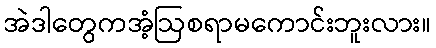
အဲဒါတွေကအံ့ဩစရာမကောင်းဘူးလား။